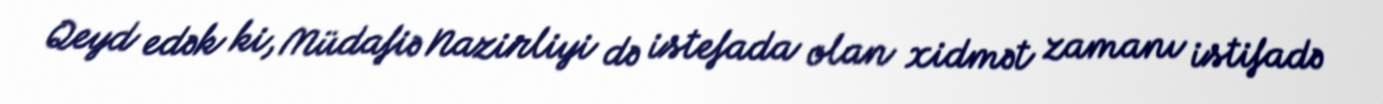
Qeyd edək ki, Müdafiə Nazirliyi də istefada olan xidmət zamanı istifadə